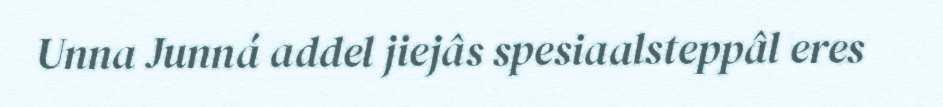
Unna Junná addel jiejâs spesiaalsteppâl eres